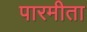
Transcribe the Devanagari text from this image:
पारमीता